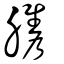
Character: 臇